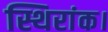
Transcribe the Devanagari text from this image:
स्थिरांक।